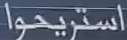
استيحوا